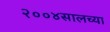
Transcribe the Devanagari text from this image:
२००४सालच्या